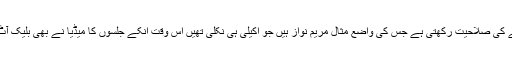
انہوں نے کہا ن لیگ اکیلی بھی تحریکِ چلانے کی صلاحیت رکھتی ہے جس کی واضع مثال مریم نواز ہیں جو اکیلی ہی نکلی تھیں اس وقت انکے جلسوں کا میڈیا نے بھی بلیک آٹ کیا، حکومت بوکھلاہٹ کا شکار ہوگئی تھی۔